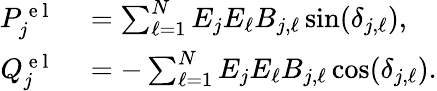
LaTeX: \begin{array}{rl}{P_{j}^{\mathrm{~e~l~}}}&{{}=\sum_{\ell=1}^{N}E_{j}E_{\ell}B_{j,\ell}\sin(\delta_{j,\ell}),}\\ {Q_{j}^{\mathrm{~e~l~}}}&{{}=-\sum_{\ell=1}^{N}E_{j}E_{\ell}B_{j,\ell}\cos(\delta_{j,\ell}).}\end{array}